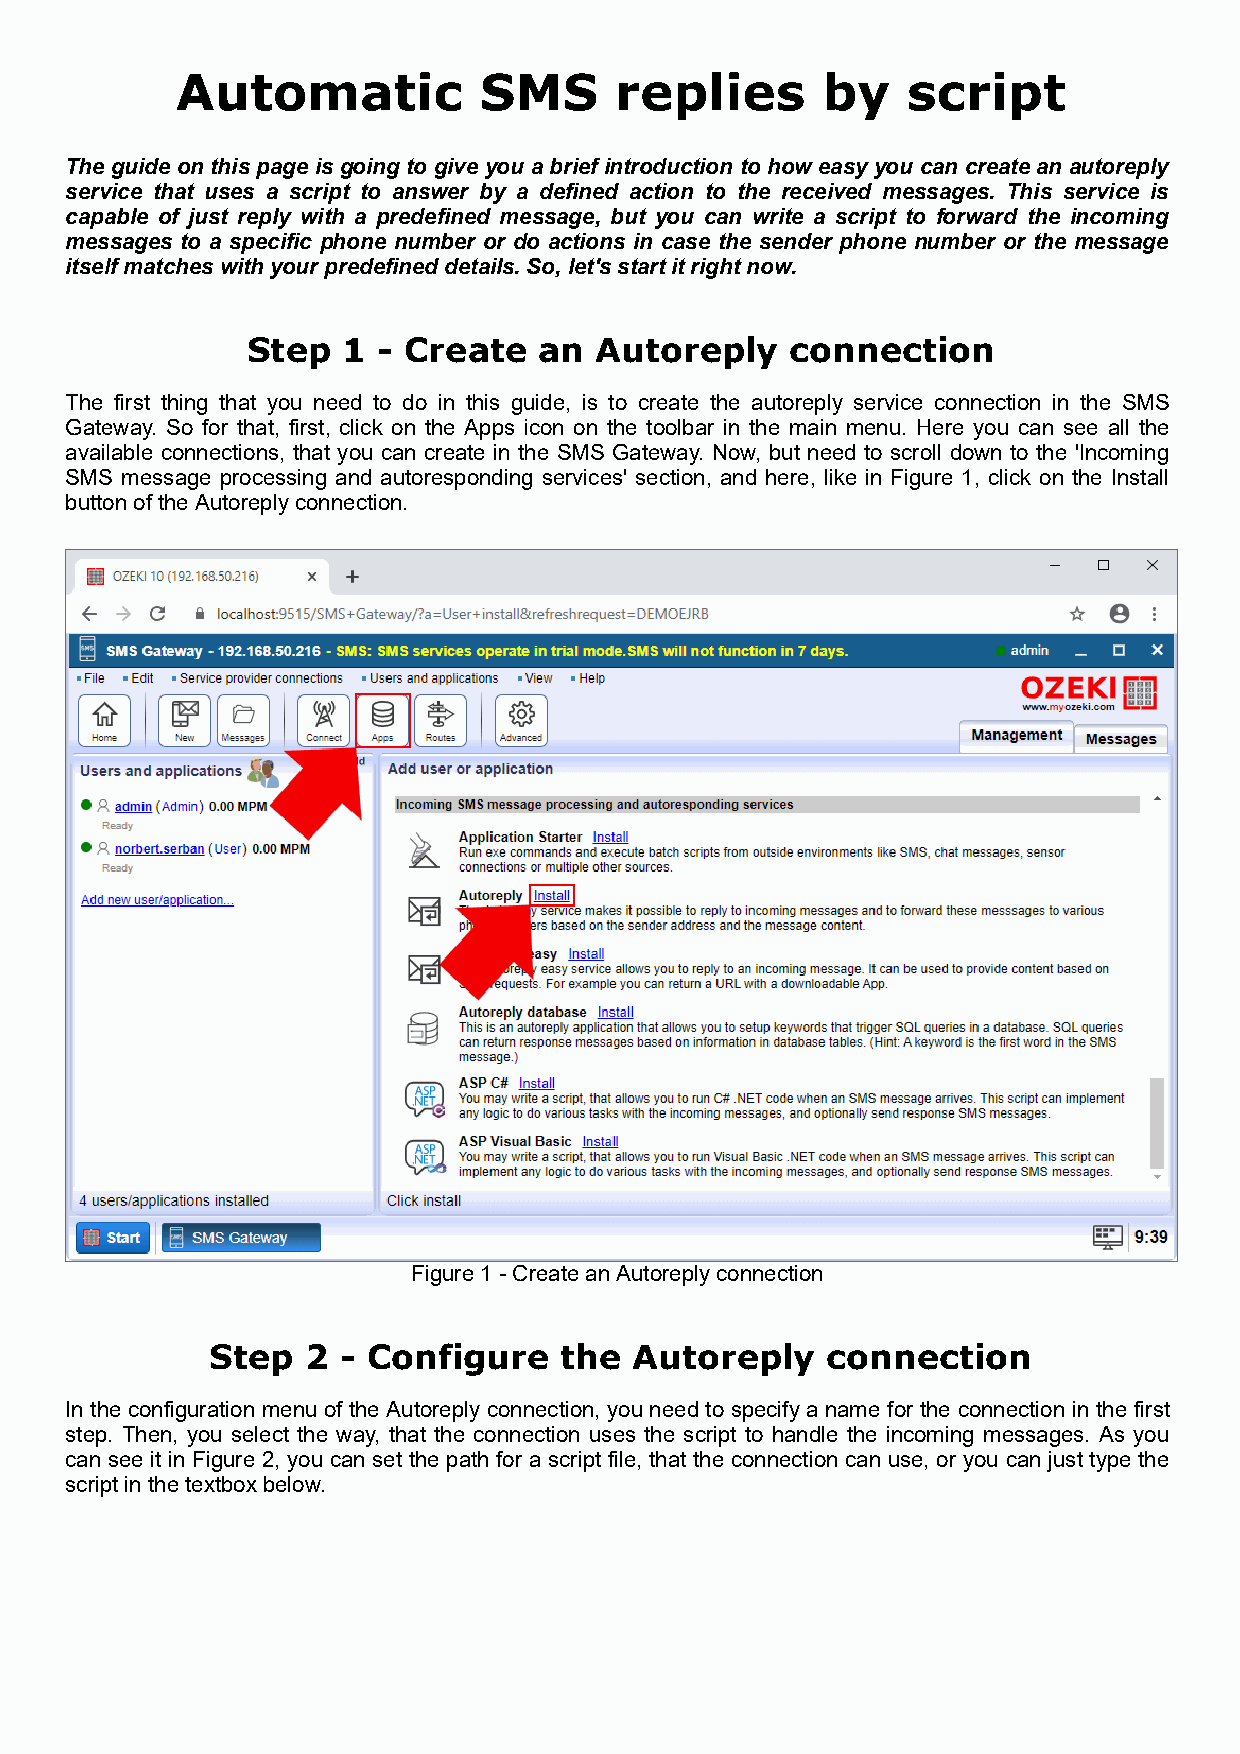
Automatic           SMS      replies      by    script
 The guide on this page is going to give you a brief introduction to how easy you can create an autoreply
 service that uses a script to answer by a defined action to the received messages. This service is
 capable of just reply with a predefined message, but you can write a script to forward the incoming
 messages to a specific phone number or do actions in case the sender phone number or the message
 itself matches with your predefined details. So, let's start it right now.
 Step   1 - Create   an Autoreply    connection
 The first thing that you need to do in this guide, is to create the autoreply service connection in the SMS
 Gateway. So for that, first, click on the Apps icon on the toolbar in the main menu. Here you can see all the
 available connections, that you can create in the SMS Gateway. Now, but need to scroll down to the 'Incoming
 SMS message processing and autoresponding services' section, and here, like in Figure 1, click on the Install
 button of the Autoreply connection.
 Figure 1 - Create an Autoreply connection
 Step  2  - Configure   the  Autoreply    connection
 In the configuration menu of the Autoreply connection, you need to specify a name for the connection in the first
 step. Then, you select the way, that the connection uses the script to handle the incoming messages. As you
 can see it in Figure 2, you can set the path for a script file, that the connection can use, or you can just type the
 script in the textbox below.